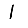
Digit: 1